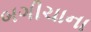
બગીચાના